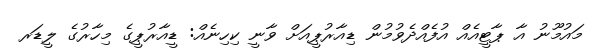
މައުމޫނު އާ ޕާޓީއެއް އުފެއްދެވުމުން ޑިއާރުޕީއަށް ވާނީ ކިހިނެއް: ޑީއާރުޕީގެ މިހާރުގެ ލީޑަރ